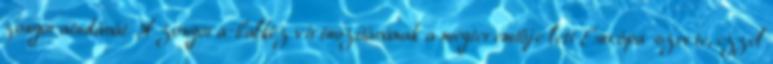
zongoratudását. A zongora-balkéz virtuozitásának a megteremtője lett Európa-szerte, ezzel